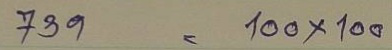
739 = 100x100